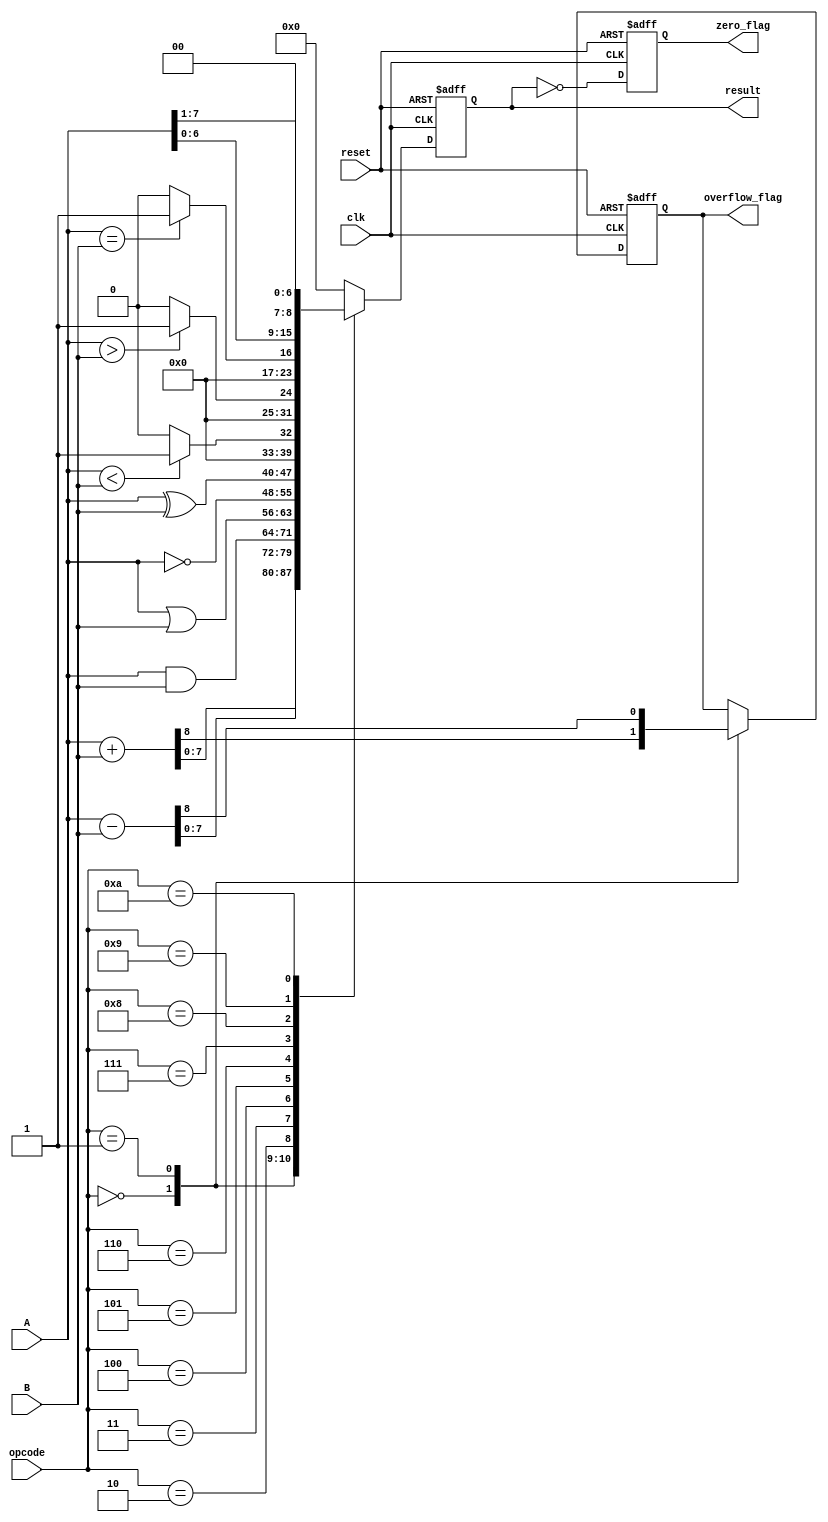
module ParameterizedALU #(
    parameter WIDTH = 8
)(
    input  wire [WIDTH-1:0] A,          // Input operand 1
    input  wire [WIDTH-1:0] B,          // Input operand 2
    input  wire [3:0] opcode,            // Operation code
    input  wire clk,                     // Clock signal
    input  wire reset,                   // Asynchronous reset
    output reg [WIDTH-1:0] result,      // Result of the operation
    output reg zero_flag,                // Zero flag
    output reg overflow_flag             // Overflow flag
);

    // Define operation codes
    localparam ADD      = 4'b0000;
    localparam SUB      = 4'b0001;
    localparam AND      = 4'b0010;
    localparam OR       = 4'b0011;
    localparam NOT      = 4'b0100;
    localparam XOR      = 4'b0101;
    localparam LT       = 4'b0110; // Less than
    localparam GT       = 4'b0111; // Greater than
    localparam EQ       = 4'b1000; // Equal to
    localparam LSHIFT   = 4'b1001; // Left shift
    localparam RSHIFT   = 4'b1010; // Right shift

    // Synchronous logic for result and flags
    always @(posedge clk or posedge reset) begin
        if (reset) begin
            result <= 0;
            zero_flag <= 0;
            overflow_flag <= 0;
        end else begin
            case (opcode)
                ADD: begin
                    {overflow_flag, result} <= A + B; // Capture overflow
                end
                SUB: begin
                    {overflow_flag, result} <= A - B; // Capture overflow
                end
                AND: result <= A & B;
                OR:  result <= A | B;
                NOT: result <= ~A; // NOT operation on A
                XOR: result <= A ^ B;
                LT:  result <= (A < B) ? 1 : 0; // Result is 1 if A < B
                GT:  result <= (A > B) ? 1 : 0; // Result is 1 if A > B
                EQ:  result <= (A == B) ? 1 : 0; // Result is 1 if A == B
                LSHIFT: result <= A << 1; // Left shift A
                RSHIFT: result <= A >> 1; // Right shift A
                default: result <= 0; // Default case
            endcase
            
            // Update zero flag
            zero_flag <= (result == 0);
        end
    end

endmodule